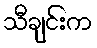
သီချင်းက